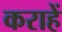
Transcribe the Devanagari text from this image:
कराहें